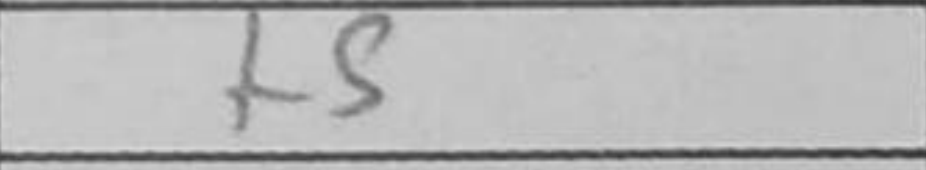
Transcription: f5